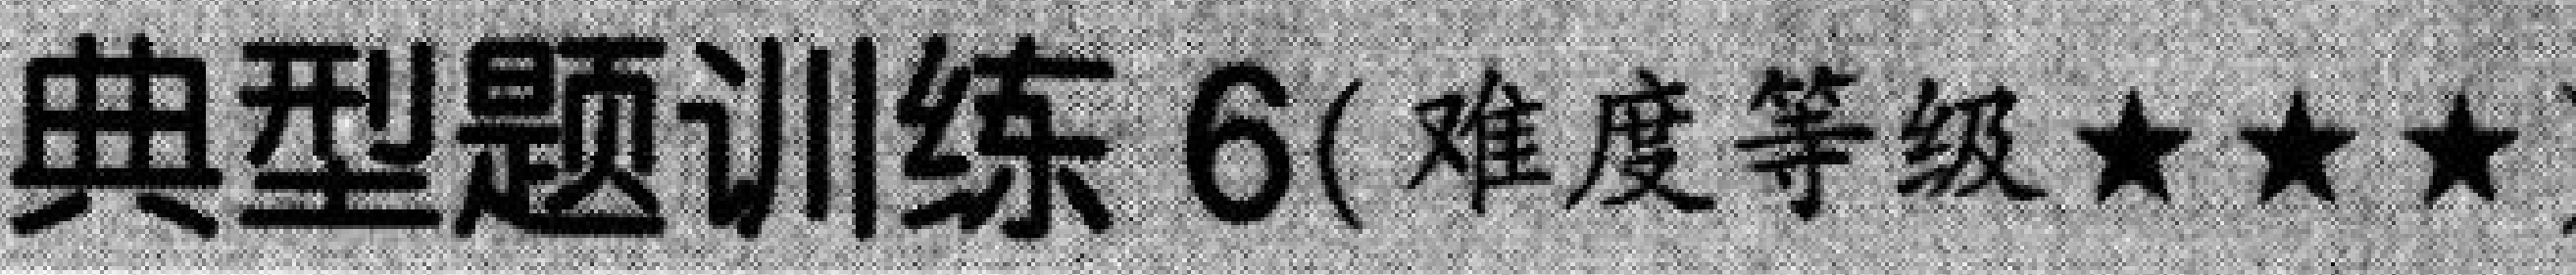
典型题训练 6(难度等级★★★)